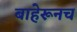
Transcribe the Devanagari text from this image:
बाहेरूनच